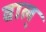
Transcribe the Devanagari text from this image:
वाल्